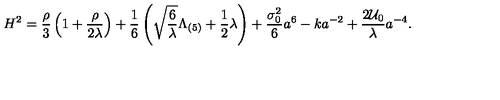
H ^ { 2 } = \frac { \rho } { 3 } \left( 1 + \frac { \rho } { 2 \lambda } \right) + \frac { 1 } { 6 } \left( \sqrt { \frac { 6 } { \lambda } } \Lambda _ { ( 5 ) } + \frac { 1 } { 2 } \lambda \right) + \frac { \sigma _ { 0 } ^ { 2 } } { 6 } a ^ { \- 6 } - k a ^ { - 2 } + \frac { 2 { \cal U } _ { 0 } } { \lambda } a ^ { - 4 } .